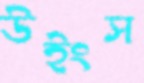
উইংস